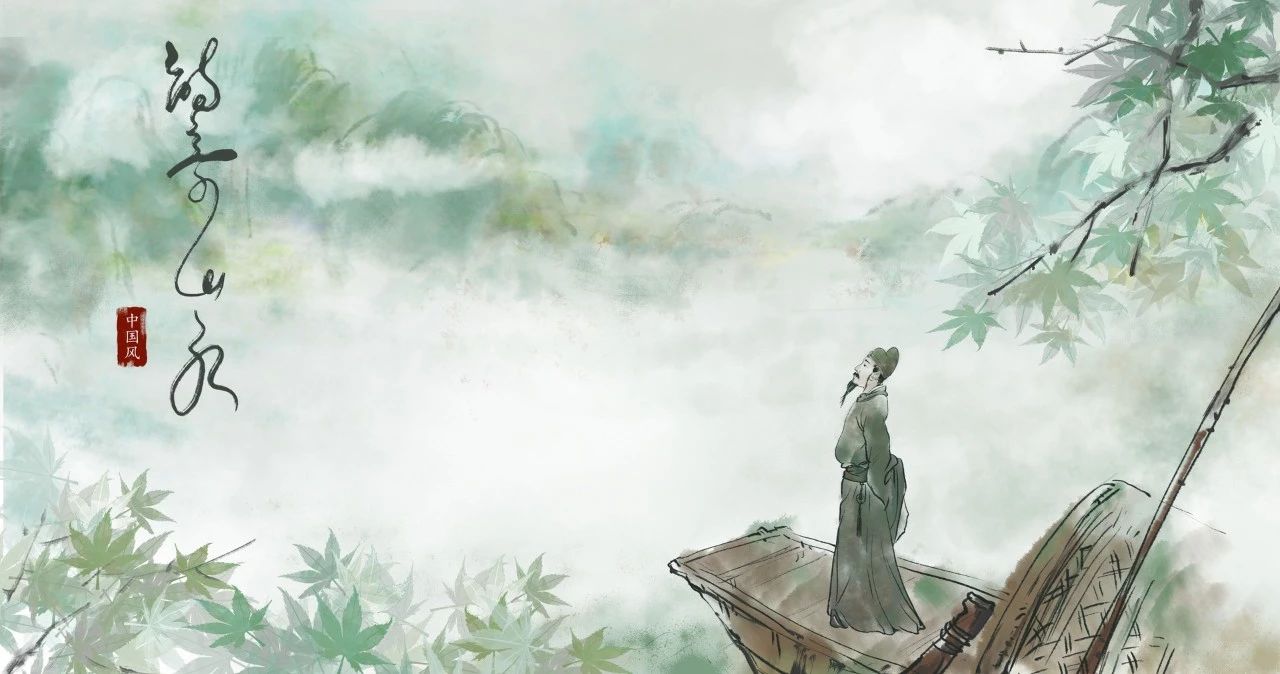
乡思不堪悲橘柚，旅游谁肯重王孙。